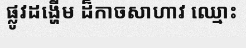
ផ្លូវដង្ហើម ដ៏កាចសាហាវ ឈ្មោះ